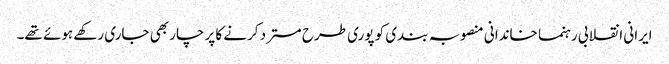
ایرانی انقلابی رہنما خاندانی منصوبہ بندی کو پوری طرح مسترد کرنے کا پرچار بھی جاری رکھے ہوئے تھے۔